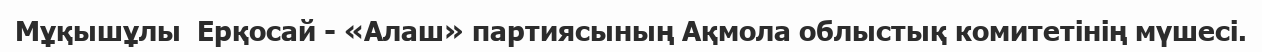
Мұқышұлы  Ерқосай - «Алаш» партиясының Ақмола облыстық комитетінің мүшесі.